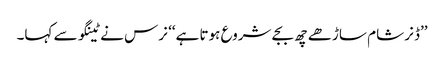
’’ڈنر شام ساڑھے چھ بجے شروع ہوتا ہے‘‘ نرس نے ٹینگو سے کہا۔